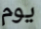
يوم